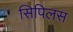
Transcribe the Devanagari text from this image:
सिपिलस